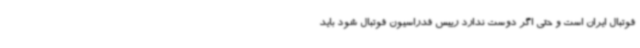
فوتبال ایران است و حتی اگر دوست ندارد رییس فدراسیون فوتبال شود باید